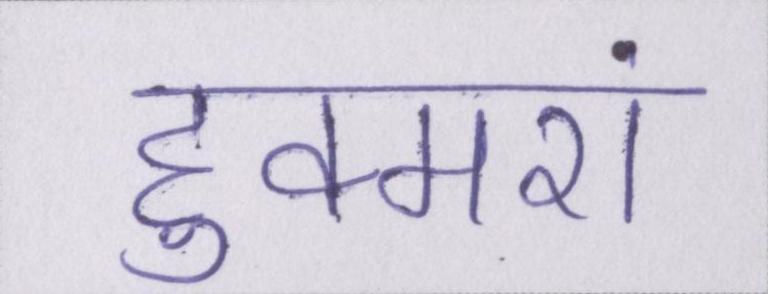
हुक्मरां